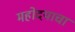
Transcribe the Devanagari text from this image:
महोदयाचा